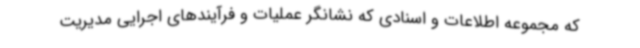
که مجموعه اطلاعات و اسنادی که نشانگر عملیات و فرآیندهای اجرایی مدیریت